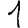
Digit: 1